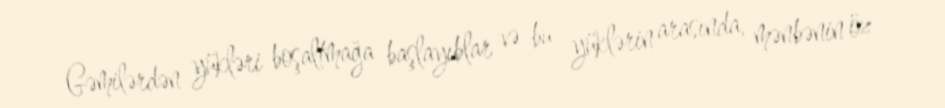
Gəmilərdən yükləri boşaltmağa başlayıblar və bu yüklərin arasında, mənbənin öz